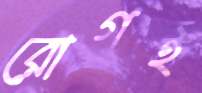
রোগই